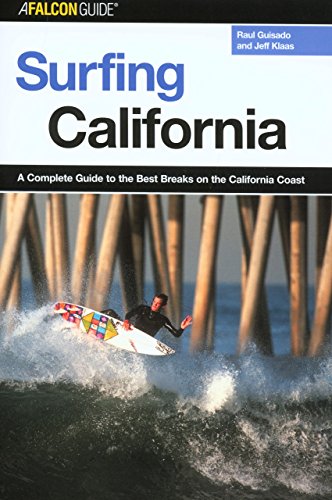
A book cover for Surfing California: A Complete Guide to the Best Breaks on the California Coast (Surfing Series); Raul Guisado; Travel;